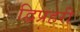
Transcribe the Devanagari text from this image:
द्विप्रहरी